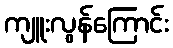
ကျူးလွန်ကြောင်း